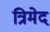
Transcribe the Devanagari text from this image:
त्रिमेद